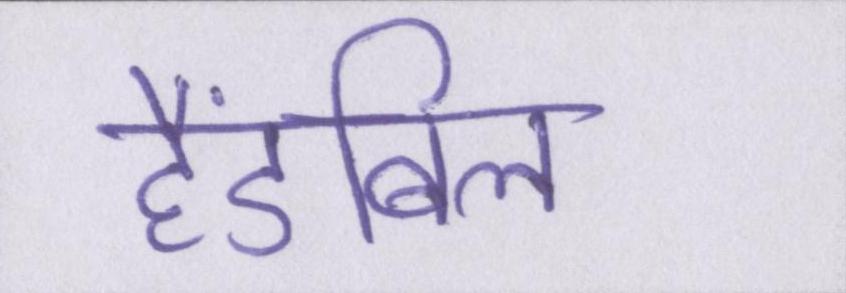
हैंडबिल